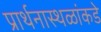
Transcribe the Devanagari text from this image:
प्रार्थनास्थळांकडे